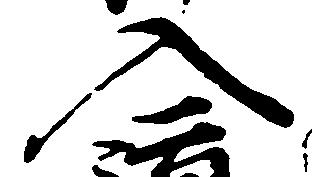
入